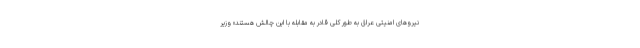
نیروهای امنیتی عراق به طور کلی قادر به مقابله با این چالش هستند» وزیر